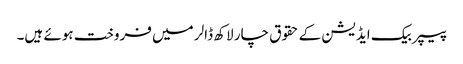
پیپر بیک ایڈیشن کے حقوق چار لاکھ ڈالر میں فروخت ہوئے ہیں۔